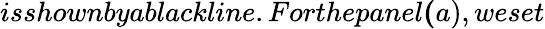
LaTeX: isshownbyablackline.Forthepanel{\mathbf(a)},weset